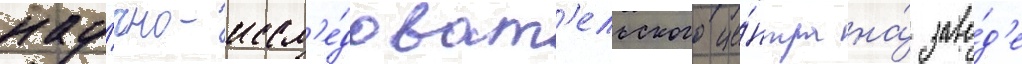
нау́чно-иссл'е́доват'ельского це́нтра на́ заво́д'е